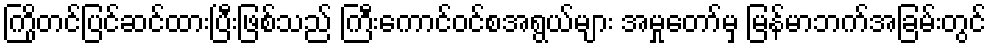
ကြိုတင်ပြင်ဆင်ထားပြီးဖြစ်သည် ကြီးကောင်ဝင်စအရွယ်များ အမှုတော်မှ မြန်မာဘက်အခြမ်းတွင်